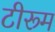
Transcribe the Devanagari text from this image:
टीरूम